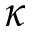
\kappa